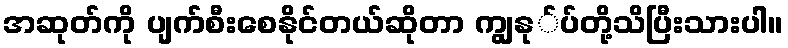
အဆုတ်ကို ပျက်စီးစေနိုင်တယ်ဆိုတာ ကျွနု်ပ်တို့သိပြီးသားပါ။